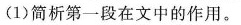
（1）简析第一段在文中的作用。